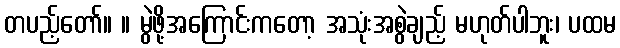
တပည့်တော်။ ။ မွဲဖို့အကြောင်းကတော့ အသုံးအစွဲချည့် မဟုတ်ပါဘူး၊ ပထမ